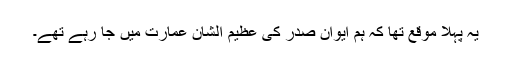
یہ پہلا موقع تھا کہ ہم ایوان صدر کی عظیم الشان عمارت میں جا رہے تھے۔